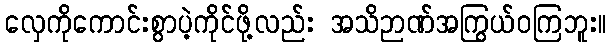
လှေကိုကောင်းစွာပဲ့ကိုင်ဖို့လည်း အသိဉာဏ်အကြွယ်ဝကြဘူး။